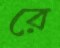
রে